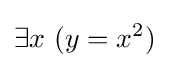
\exists x\ (y=x^{2})